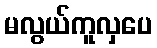
မလွယ်ကူလှပေ